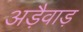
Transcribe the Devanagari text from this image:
अड़ैवाड़